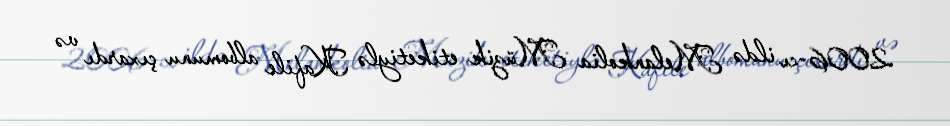
2006-cı ildə Melankolia Müzik etiketiylə Kafile albomunu çıxardı və